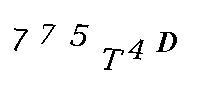
775T4D